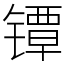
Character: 镡